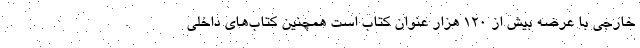
خارجی با عرضه بیش از ۱۲۰ هزار عنوان کتاب است همچنین کتاب‌های داخلی